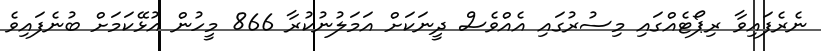
ނެރެފައިވާ ރިޕޯޓެއްގައި މިސުރުގައި އެއްވެސް ދީނަކަށް އަަމަލުނުކުރާ 866 މީހުން އުޅޭކަމަށް ބުނެފައިވެ